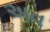
અવ